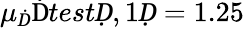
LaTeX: \mu_{Ḋ}\mathrm{Ḋ}testḌ,1Ḍ=1.25